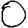
Digit: 0